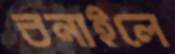
বনাইলে